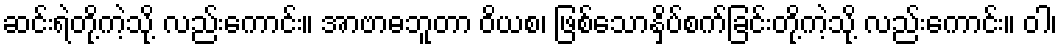
ဆင်းရဲတို့ကဲ့သို့ လည်းကောင်း။ အာဗာဓဘူတာ ဝိယစ၊ ဖြစ်သောနှိပ်စက်ခြင်းတို့ကဲ့သို့ လည်းကောင်း။ ဝါ၊